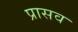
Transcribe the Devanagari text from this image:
प्रासव